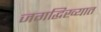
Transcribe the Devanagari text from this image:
जगद्धिख्यात